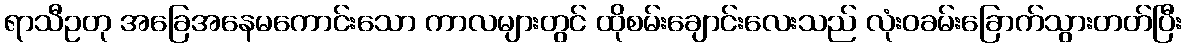
ရာသီဥတု အခြေအနေမကောင်းသော ကာလများတွင် ထိုစမ်းချောင်းလေးသည် လုံးဝခမ်းခြောက်သွားတတ်ပြီး